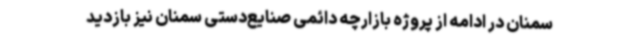
سمنان در ادامه از پروژه بازارچه دائمی صنایع‌دستی سمنان نیز بازدید